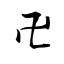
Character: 卍